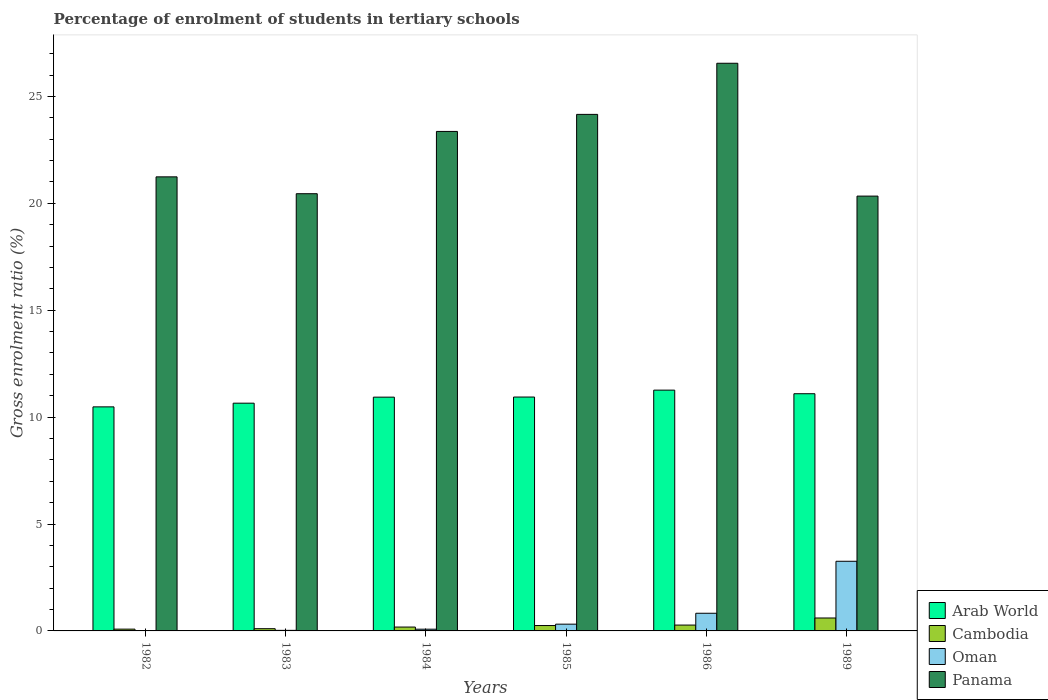
| Years | Arab World | Cambodia | Oman | Panama |
 | --- | --- | --- | --- | --- |
 | 1982 | 10.5 | 0.0833 | 0.0134 | 21.2 |
 | 1983 | 10.7 | 0.104 | 0.0266 | 20.4 |
 | 1984 | 10.9 | 0.181 | 0.0806 | 23.4 |
 | 1985 | 10.9 | 0.252 | 0.316 | 24.2 |
 | 1986 | 11.3 | 0.273 | 0.826 | 26.6 |
 | 1989 | 11.1 | 0.605 | 3.26 | 20.3 |